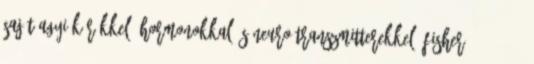
saját agyi körökkel, hormonokkal és neuro-transzmitterekkel. Fisher 2004; 2006